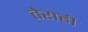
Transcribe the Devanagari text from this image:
तेराही